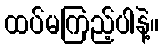
ထပ်မကြည့်ပါနဲ့။